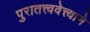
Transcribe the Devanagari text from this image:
पुरातत्त्ववेत्त्याने